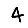
Digit: 4